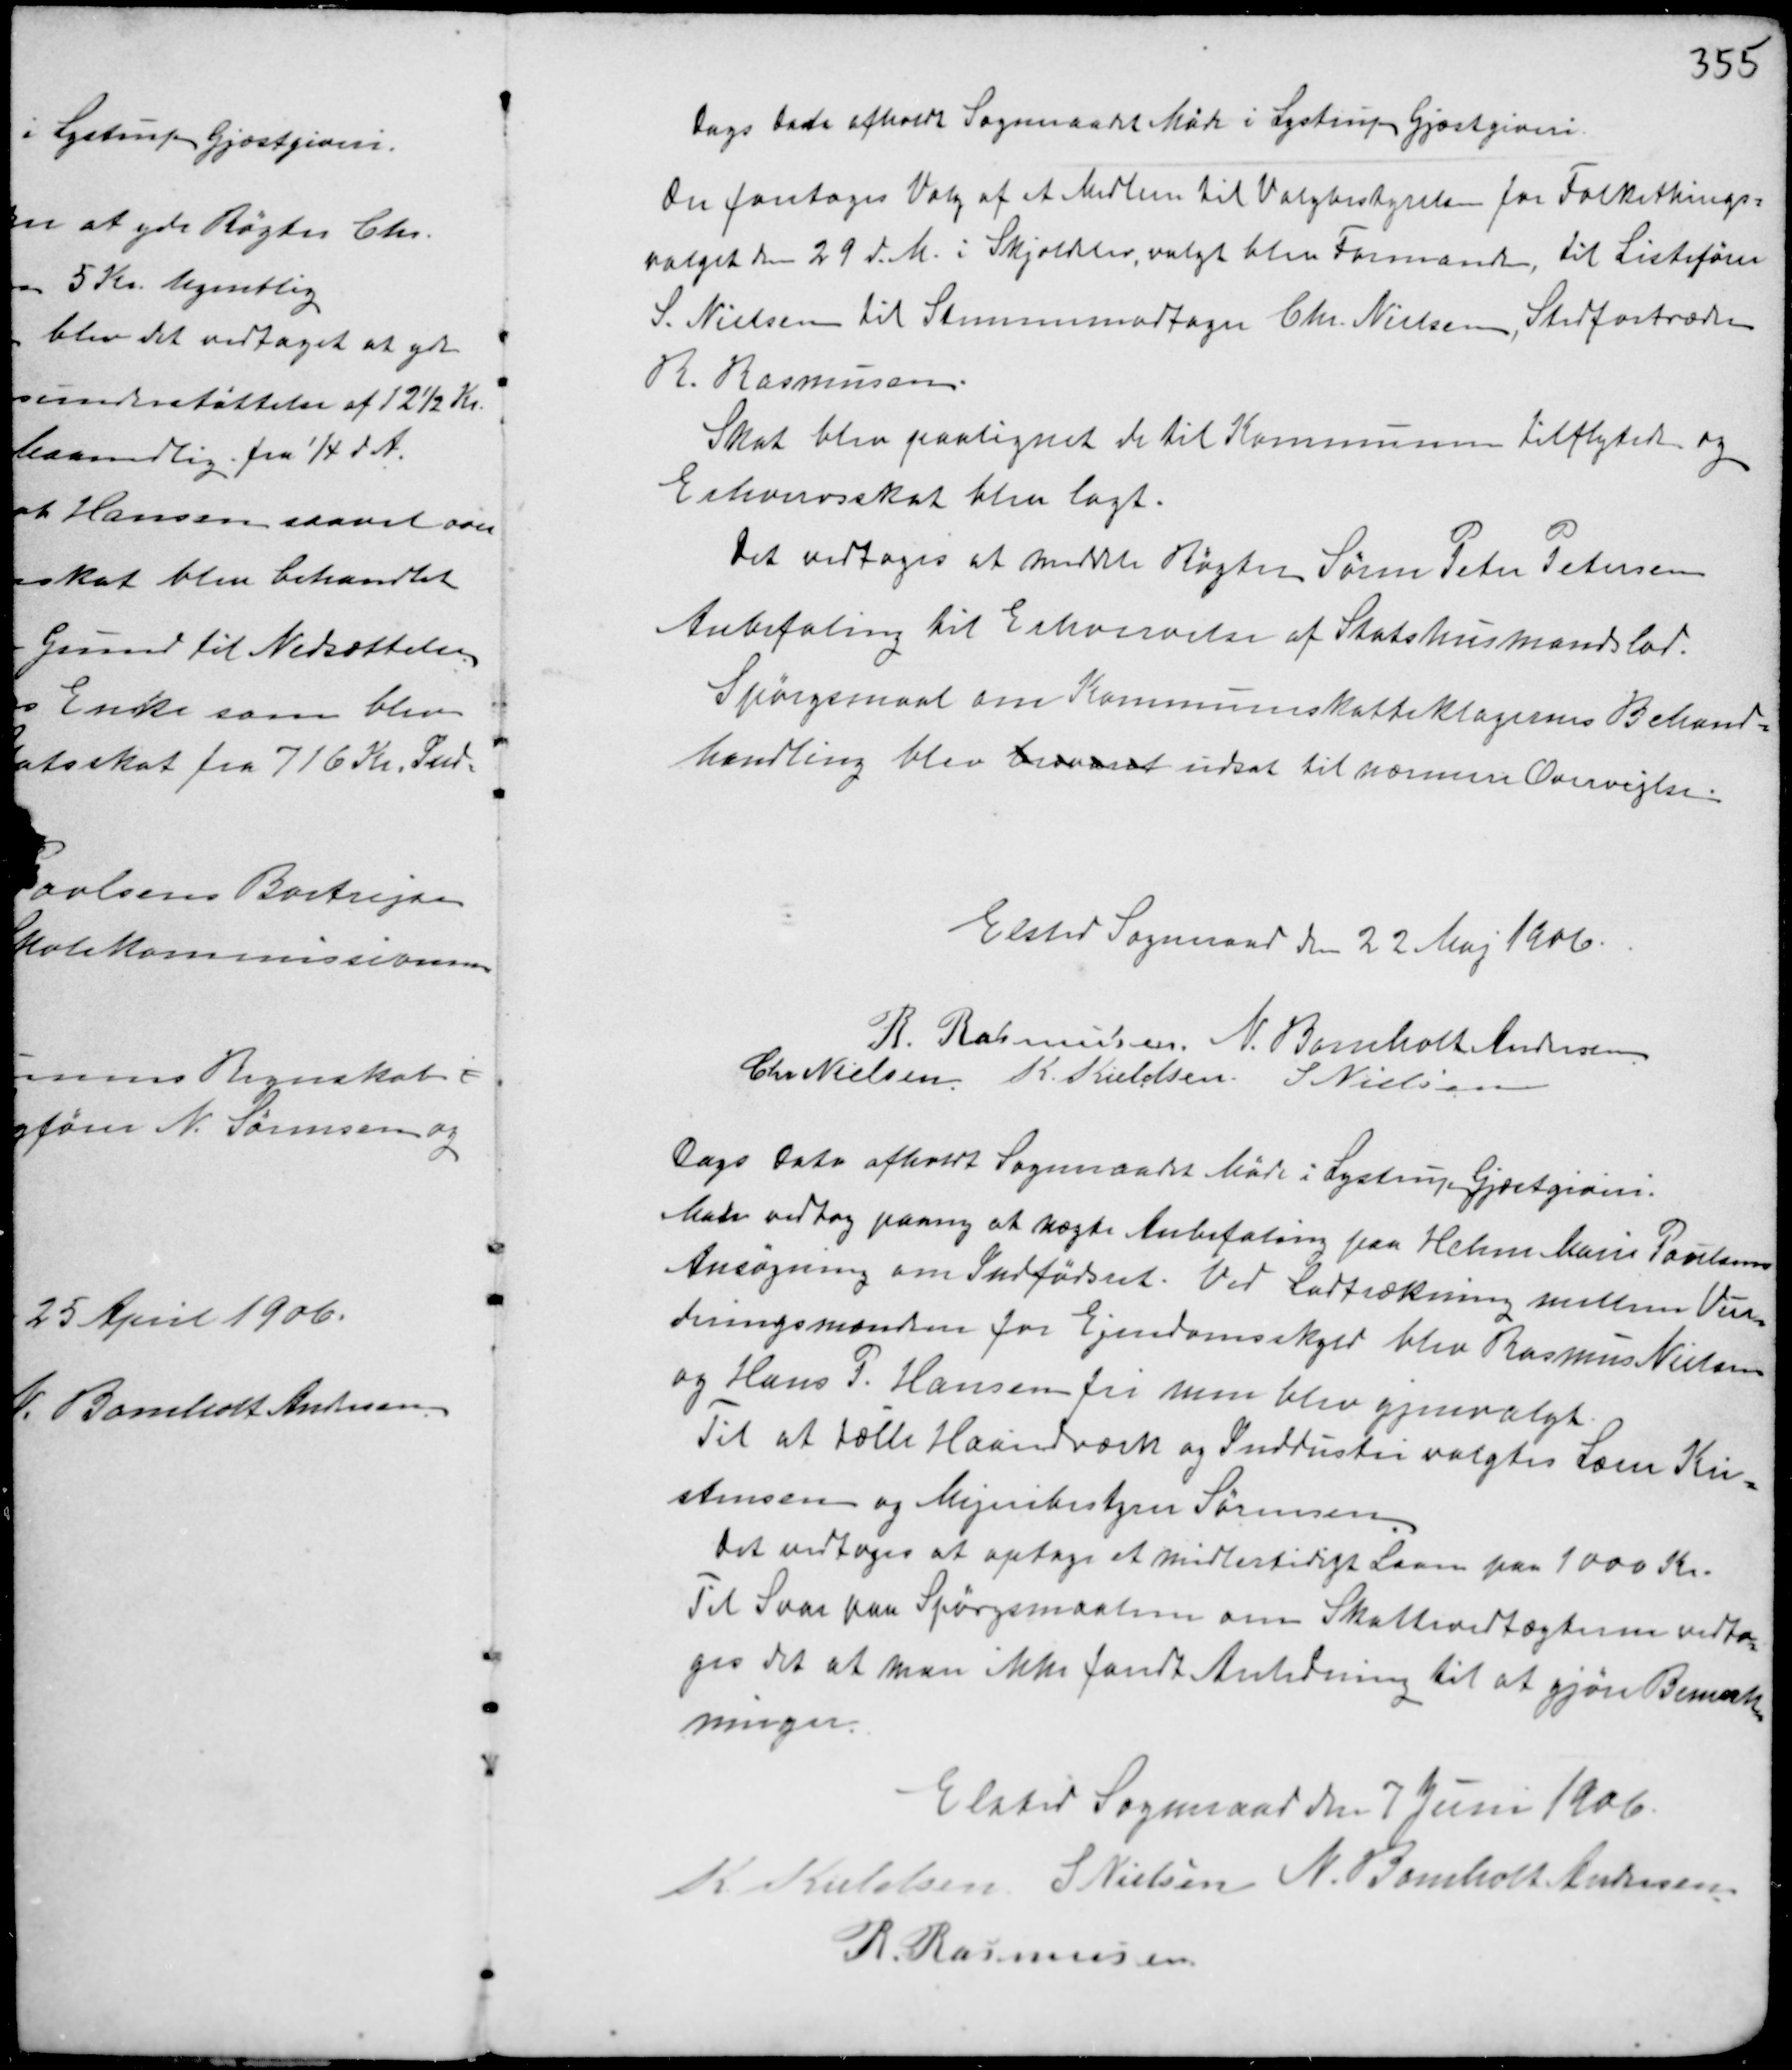
Transskription:
Dags Dato afholdt Sogneraadet Møde i Lystrup Gjæstgiveri.
Der foretoges Valg af et Medlem til Valgbestyrelsen for Folkethings-
valget den 29 d.M. i Skjoldelev valgt blev Formanden, til Listefører
S. Nielsen til Stemmemodtager Chr. Nielsen, Stedfortræder
R. Rasmussen.
Skat blev paalignet de
til Kommunen tilflyttede og
Erhvervsskat blev lagt.
Det vedtoges at meddele Røgter Søren Peter Petersen
Anbefaling til Erhvervelse af Statshusmandslod.
Spørgsmaal om Kommuneskatteklagernes Behand-
handling blev besvaret udsat til nærmere Overvejelse.

Elsted Sogneraad den 22 Maj 1906.
R. Rasmussen N. Bomholt Andersen
Chr Nielsen K. Kieldsen S Nielsen

Dags Dato afholdt Sogneraadet Møde i Lystrup Gjæstgiveri.
Man vedtog paany at nægte Anbefaling paa Helene Marie Poulsens
Ansøgning om Indfødsret. Ved Lodtrækning mellem Vur-
deringsmændene for Ejendomsskyld blev Rasmus Nielsen
og Hans P. Hansen fri men blev gjenvalgt.
Til at tælle Haandværk og industri valgtes Lærer Kri-
stensen og Mejeribestyrer Sørensen.
Det vedtoges at optage et midlertidig Laan paa 1000 Kr.
Til Svar paa Spørgsmaalene om Skattevedtægterne vedto-
ges det at man ikke fandt Anledning til at gjøre Bemærk-
ninger.

Elsted Sogneraade den 7 Juni 1906.
K. Kieldsen S Nielsen N. Bomholt Andersen
R. Rasmussen